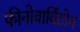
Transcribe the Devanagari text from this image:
फीनोवार्विटोन